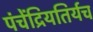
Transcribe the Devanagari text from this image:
पंचेंद्रियतिर्यच